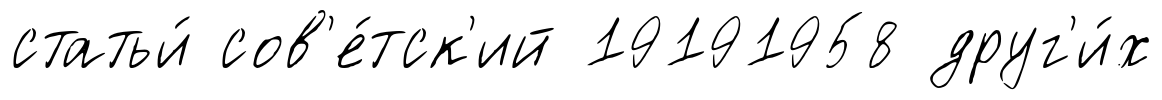
статьи́ сов'е́тск'ий 19191958 друг'и́х